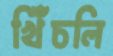
খিঁচলি